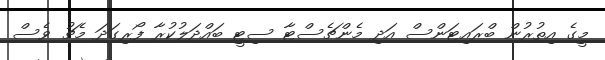
މީގެ އިތުރުން ބްރައިޓަންސް އަދި މެންޗެސްޓާ ސިޓީ ބައްދަލުކުރާ ފޯރިގަދަ މެޗު ވެސް